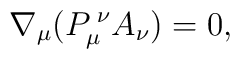
\nabla_{\mu}(P_{\mu}^{\; \nu}A_{\nu})=0,